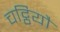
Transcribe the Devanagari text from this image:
चट्ठियौ